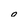
Character: 0